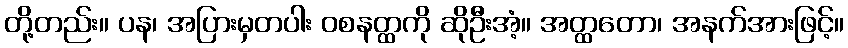
တို့တည်း။ ပန၊ အပြားမှတပါး ဝစနတ္ထကို ဆိုဦးအံ့။ အတ္ထတော၊ အနက်အားဖြင့်။